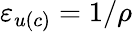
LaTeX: \varepsilon_{u(c)}=1/\rho